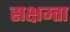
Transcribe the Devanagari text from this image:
सक्षम्ता